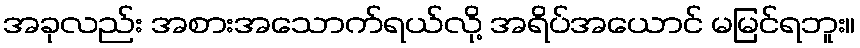
အခုလည်း အစားအသောက်ရယ်လို့ အရိပ်အယောင် မမြင်ရဘူး။